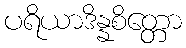
ပရိယာဒိန္နစိတ္တော